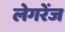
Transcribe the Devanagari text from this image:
लेगरेंज